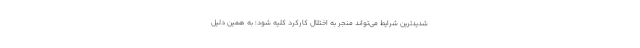
شدیدترین شرایط می‌تواند منجر به اختلال کارکرد کلیه شود؛ به همین دلیل